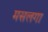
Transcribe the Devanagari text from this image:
मसलगा